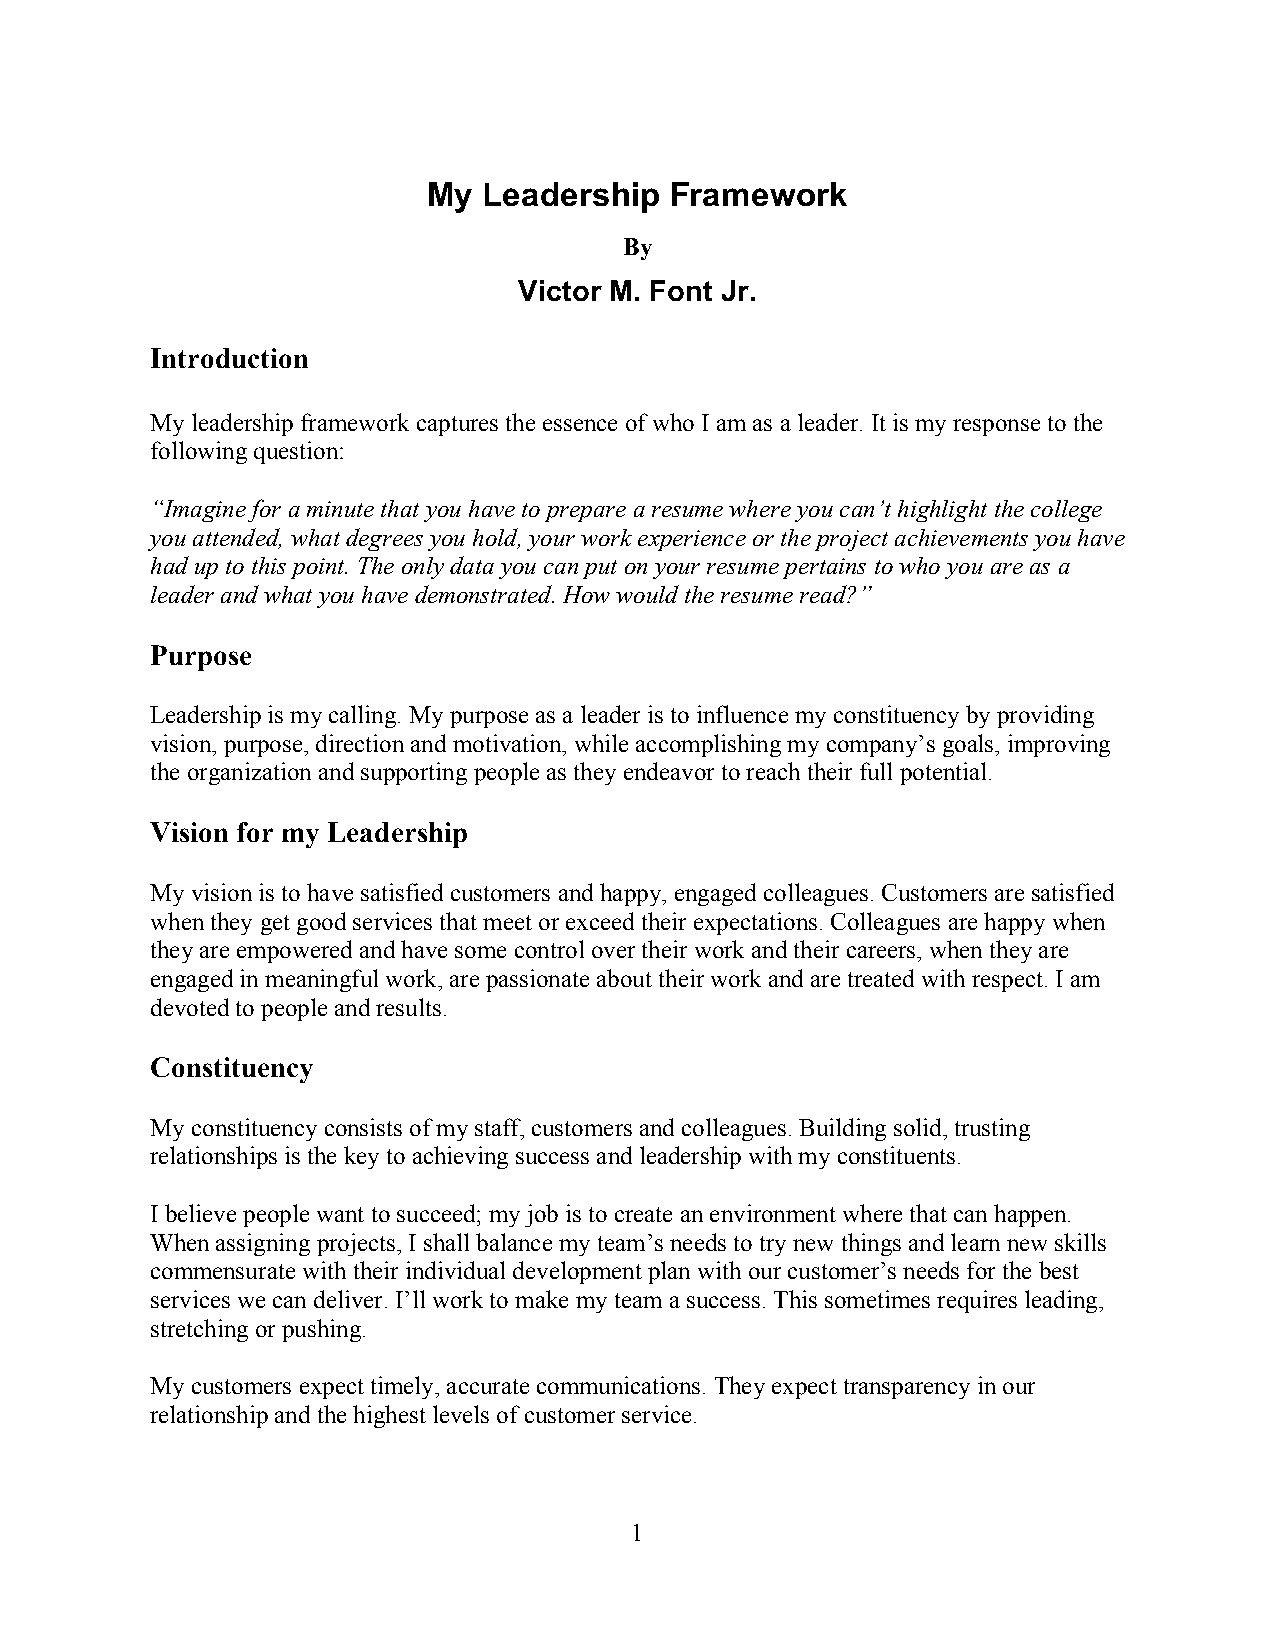
My#Leadership#Framework#
 By
 Victor#M.#Font#Jr.#
 Introduction
 My leadership framework captures the essence of who I am as a leader. It is my response to the
 following question:
 “Imagine for a minute that you have to prepare a resume where you can’t highlight the college
 you attended, what degrees you hold, your work experience or the project achievements you have
 had up to this point. The only data you can put on your resume pertains to who you are as a
 leader and what you have demonstrated. How would the resume read?”
 Purpose
 Leadership is my calling. My purpose as a leader is to influence my constituency by providing
 vision, purpose, direction and motivation, while accomplishing my company’s goals, improving
 the organization and supporting people as they endeavor to reach their full potential.
 Vision for my Leadership
 My vision is to have satisfied customers and happy, engaged colleagues. Customers are satisfied
 when they get good services that meet or exceed their expectations. Colleagues are happy when
 they are empowered and have some control over their work and their careers, when they are
 engaged in meaningful work, are passionate about their work and are treated with respect. I am
 devoted to people and results.
 Constituency
 My constituency consists of my staff, customers and colleagues. Building solid, trusting
 relationships is the key to achieving success and leadership with my constituents.
 I believe people want to succeed; my job is to create an environment where that can happen.
 When assigning projects, I shall balance my team’s needs to try new things and learn new skills
 commensurate with their individual development plan with our customer’s needs for the best
 services we can deliver. I’ll work to make my team a success. This sometimes requires leading,
 stretching or pushing.
 My customers expect timely, accurate communications. They expect transparency in our
 relationship and the highest levels of customer service.
 1